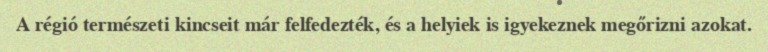
A régió természeti kincseit már felfedezték, és a helyiek is igyekeznek megőrizni azokat.